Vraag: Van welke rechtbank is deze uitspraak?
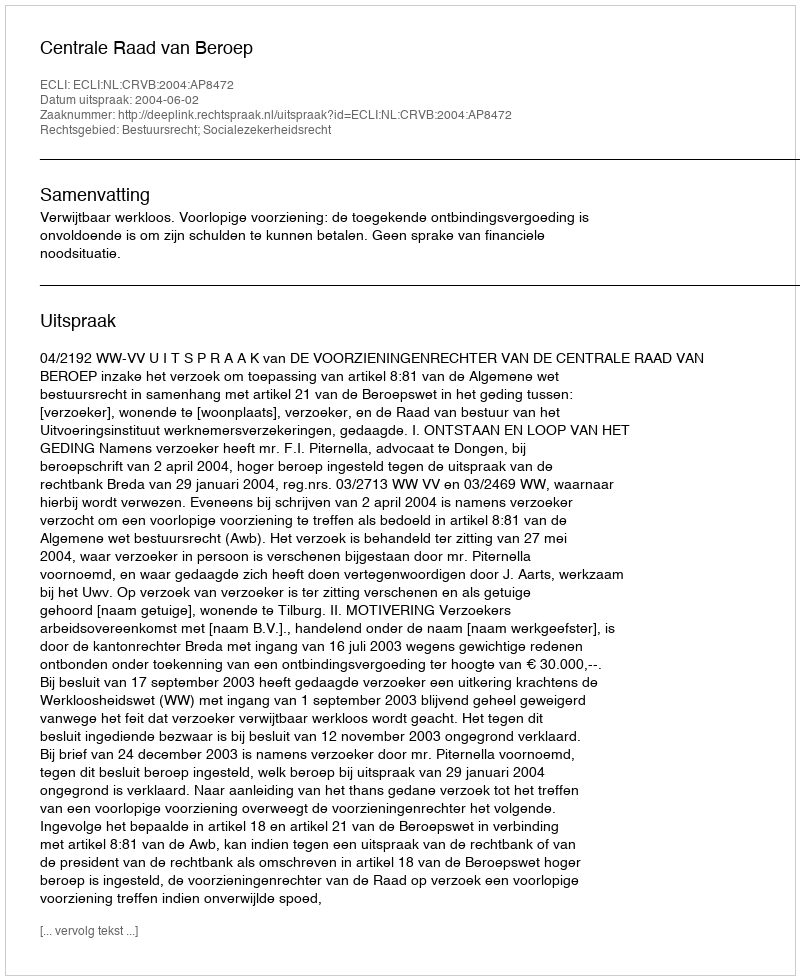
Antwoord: Centrale Raad van Beroep